Annual report of the Punjab Veterinary College and of the Civil Veterinary Department, Punjab - 1920-1925
Year: 1920
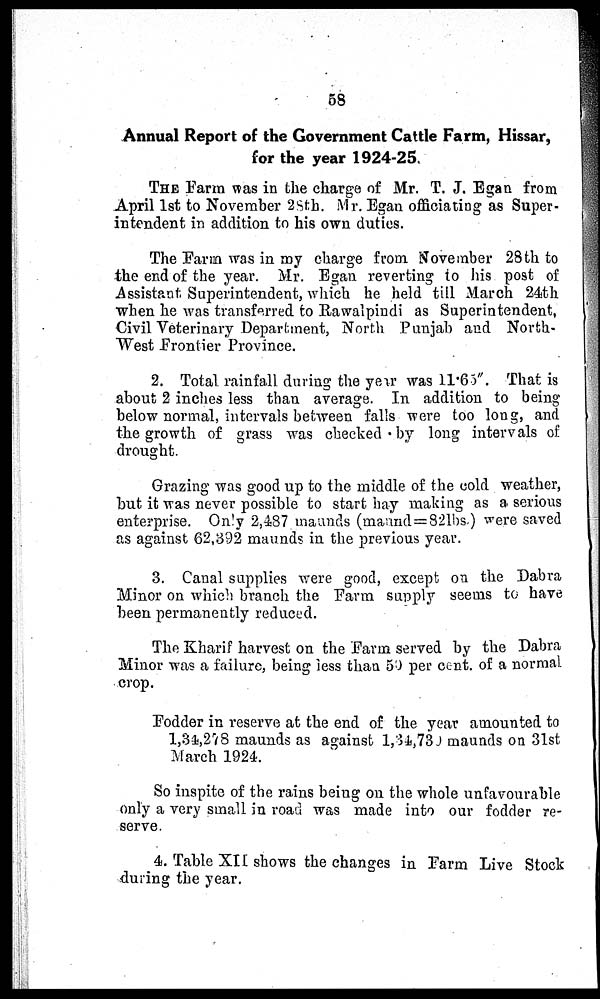
58
Annual Report of the Government Cattle Farm, Hissar,
for the year 1924-25
THE Farm was in the charge of Mr. T. J. Egan from
April 1st to November 28th. Mr. Egan officiating as Super-
intendent in addition to his own duties.
The Farm was in my charge from November 28th to
the end of the year. Mr. Egan reverting to his post of
Assistant Superintendent, which he held till March 24th
when he was transferred to Rawalpindi as Superintendent,
Civil Veterinary Department, North Punjab and North-
West Frontier Province.
2. Total rainfall during the year was 11.65". That is
about 2 inches less than average. In addition to being
below normal, intervals between falls were too long, and
the growth of grass was checked by long intervals of
drought.
Grazing was good up to the middle of the cold weather,
but it was never possible to start hay making as a serious
enterprise. Only 2,487 maunds (maund =82lbs.) were saved
as against 62,392 maunds in the previous year.
3. Canal supplies were good, except on the Dabra
Minor on which branch the Farm supply seems to have
been permanently reduced.
The Kharif harvest on the Farm served by the Dabra
Minor was a failure, being less than 50 per cent. of a normal
crop.
Fodder in reserve at the end of the year amounted to
1,34,278 maunds as against 1,34,730 maunds on 31st
March 1924.
So inspite of the rains being on the whole unfavourable
only a very small in road was made into our fodder re-
serve.
4. Table XII shows the changes in Farm Live Stock
during the year.